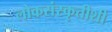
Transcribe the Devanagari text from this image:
लोकसंस्कृतीशी